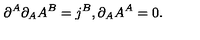
\partial ^ { A } \partial _ { A } A ^ { B } = j ^ { B } , \partial _ { A } A ^ { A } = 0 .